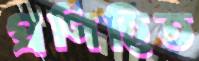
প্রণিহিত